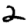
Digit: 2